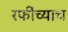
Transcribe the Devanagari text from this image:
रफींच्याच